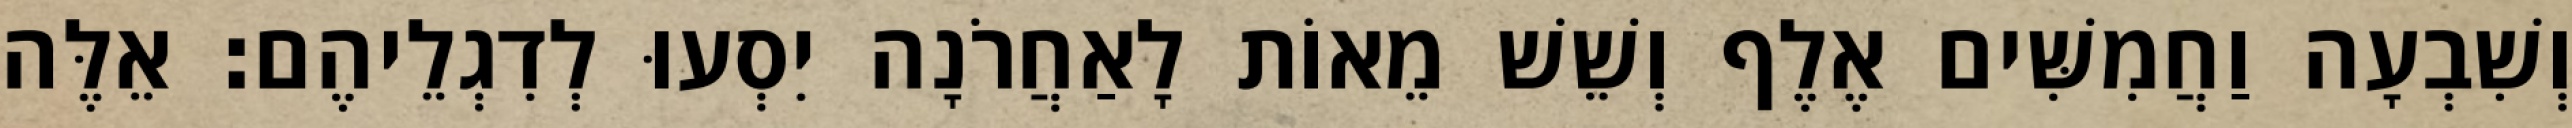
וְשִׁבְעָה וַחֲמִשִּׁים אֶלֶף וְשֵׁשׁ מֵאוֹת לָאַחֲרֹנָה יִסְעוּ לְדִגְלֵיהֶם׃ אֵלֶּה